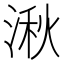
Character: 湫